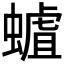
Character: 𧐅